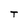
Character: T